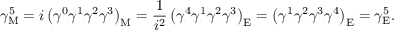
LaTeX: \gamma _ { \mathrm { { M } } } ^ { 5 } = i \left( \gamma ^ { 0 } \gamma ^ { 1 } \gamma ^ { 2 } \gamma ^ { 3 } \right) _ { \mathrm { { M } } } = { \frac { 1 } { i ^ { 2 } } } \left( \gamma ^ { 4 } \gamma ^ { 1 } \gamma ^ { 2 } \gamma ^ { 3 } \right) _ { \mathrm { { E } } } = \left( \gamma ^ { 1 } \gamma ^ { 2 } \gamma ^ { 3 } \gamma ^ { 4 } \right) _ { \mathrm { { E } } } = \gamma _ { \mathrm { { E } } } ^ { 5 } .